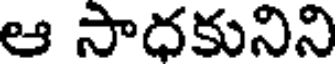
ఆ సాధకునిని